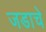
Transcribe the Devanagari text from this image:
जडाचे